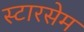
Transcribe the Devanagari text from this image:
स्टारसेम